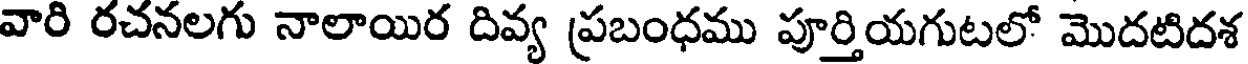
వారి రచనలగు నాలాయిర దివ్య ప్రబంధము పూర్తియగుటలో మొదటిదశ